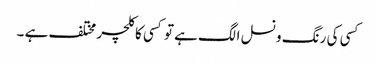
کسی کی رنگ و نسل الگ ہے تو کسی کا کلچر مختلف ہے ۔